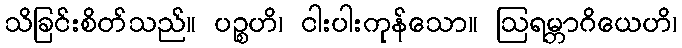
သိခြင်းစိတ်သည်။ ပဉ္စဟိ၊ ငါးပါးကုန်သော။ ဩရမ္ဘာဂိယေဟိ၊